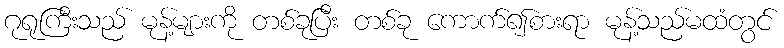
ဂုရုကြီးသည် မုန့်များကို တစ်ခုပြီး တစ်ခု ကောက်၍စားရာ မုန့်သည်မထံတွင်